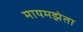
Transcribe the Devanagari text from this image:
मायमझेता